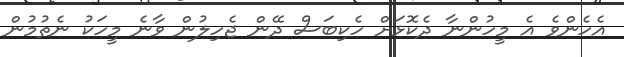
އެހެންވެ އެ މީހުންނާ ދެކޮޅަށް ހެކިބަސް ދޭން ޖެހިލުން ވާނެ މީހަކު ނެތުމުން